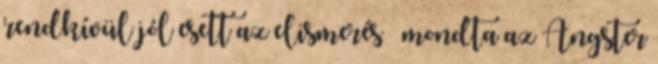
rendkívül jól esett az elismerés – mondta az Angster